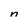
Character: n